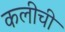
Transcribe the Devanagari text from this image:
कलीची